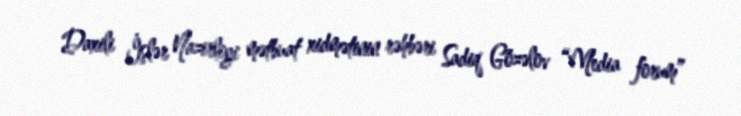
Daxili İşlər Nazirliyi mətbuat xidmətinin rəhbəri Sadiq Gözəlov “Media forum”